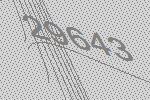
29643